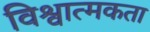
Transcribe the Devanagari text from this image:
विश्वात्मकता